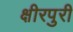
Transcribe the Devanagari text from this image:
क्षीरपुरी